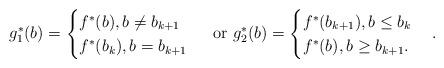
LaTeX: \begin{align*} g_1^*(b) = \begin{cases} f^*(b), b \neq b_{k+1} \\ f^*(b_k), b=b_{k+1} \end{cases} \mbox{ or } g_2^*(b) = \begin{cases} f^*(b_{k+1}), b \leq b_{k} \\ f^*(b), b \geq b_{k+1}. \end{cases}.\end{align*}